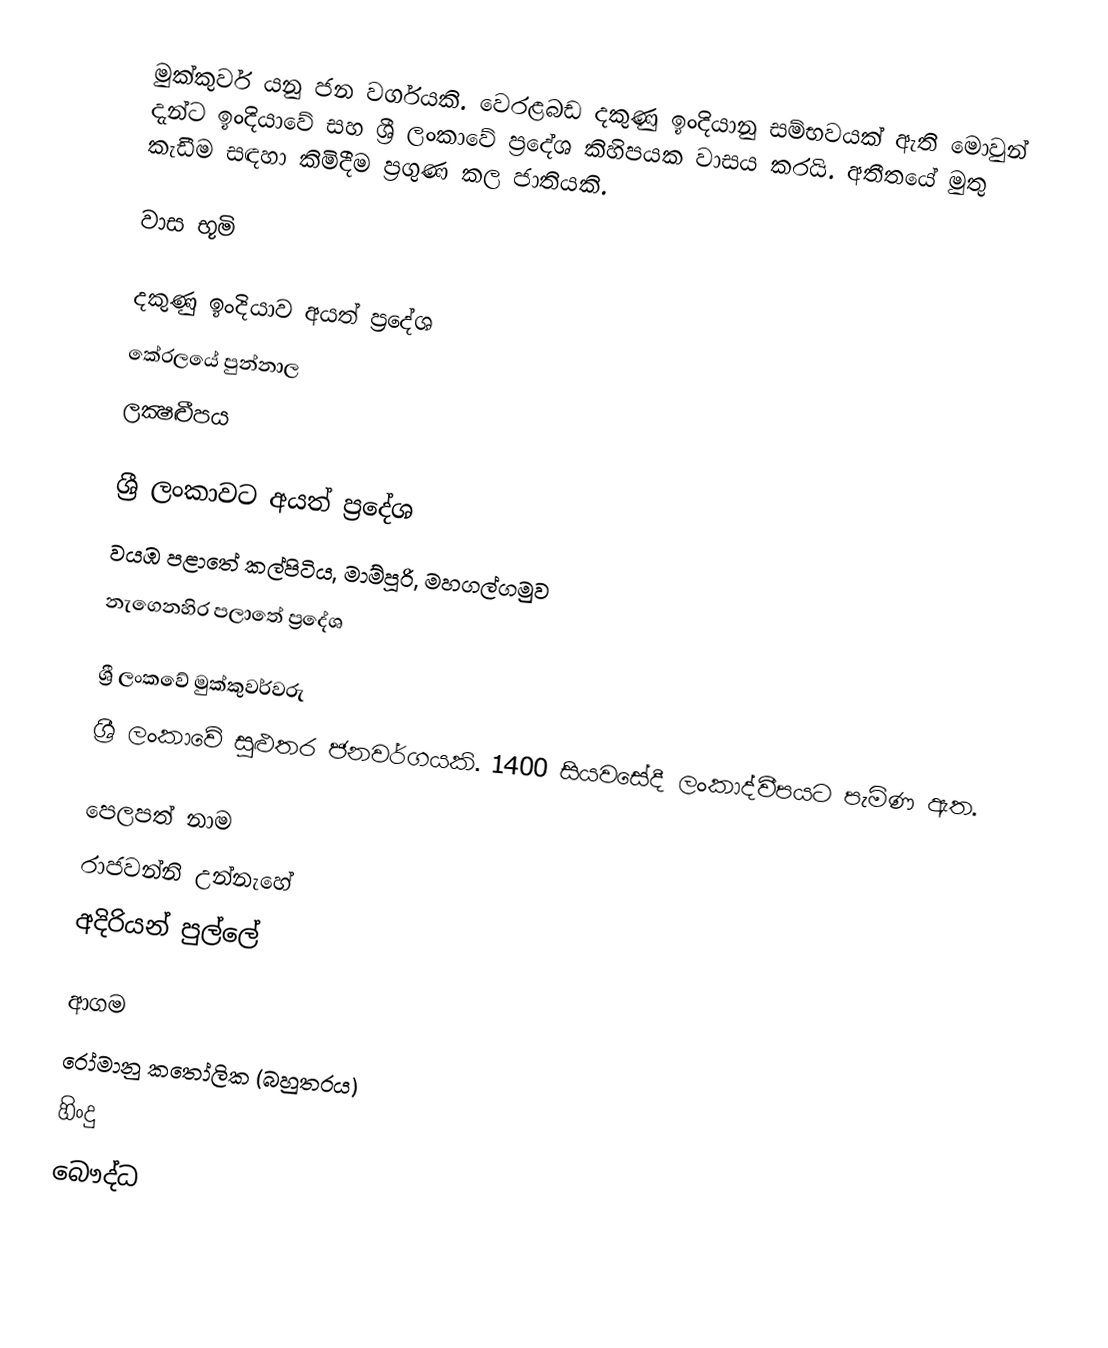
මුක්කුවර් යනු ජන වර්ගයකි. වෙරළබඩ දකුණු ඉංදියානු සම්භවයක් ඇති මොවුන් දැන්ට ඉංදියාවේ සහ ශ්‍රී ලංකාවේ ප්‍රදේශ කිහිපයක වාසය කරයි. අතීතයේ මුතු කැඩීම සඳහා කිමිදීම ප්‍රගුණ කල ජාතියකි.

වාස භූමි

දකුණු ඉංදියාව අයත් ප්‍රදේශ
 කේරලයේ පුන්නාල
 ලක්‍ෂද්‍වීපය

ශ්‍රී ලංකාවට අයත් ප්‍රදේශ
 වයඹ පළාතේ කල්පිටිය, මාම්පූරි, මහගල්ගමුව
 නැගෙනහිර පලාතේ ප්‍රදේශ

ශ්‍රී ලංකවේ මුක්කුවර්වරු
ශ්‍රී ලංකාවේ සුළුතර ජනවර්ගයකි. 1400 සියවසේදී ලංකාද්වීපයට පැමිණ ඇත.

පෙලපත් නාම
 රාජවන්නි උන්නැහේ
 අදිරියන් පුල්ලේ

ආගම
 රෝමානු කතෝලික (බහුතරය)
 හිංදු
 බෞද්ධ